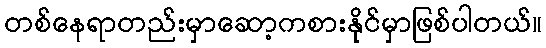
တစ်နေရာတည်းမှာဆော့ကစားနိုင်မှာဖြစ်ပါတယ်။